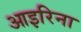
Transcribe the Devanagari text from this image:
आइरिना